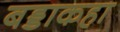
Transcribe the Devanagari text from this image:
बड्डाकहा